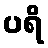
ပရိ